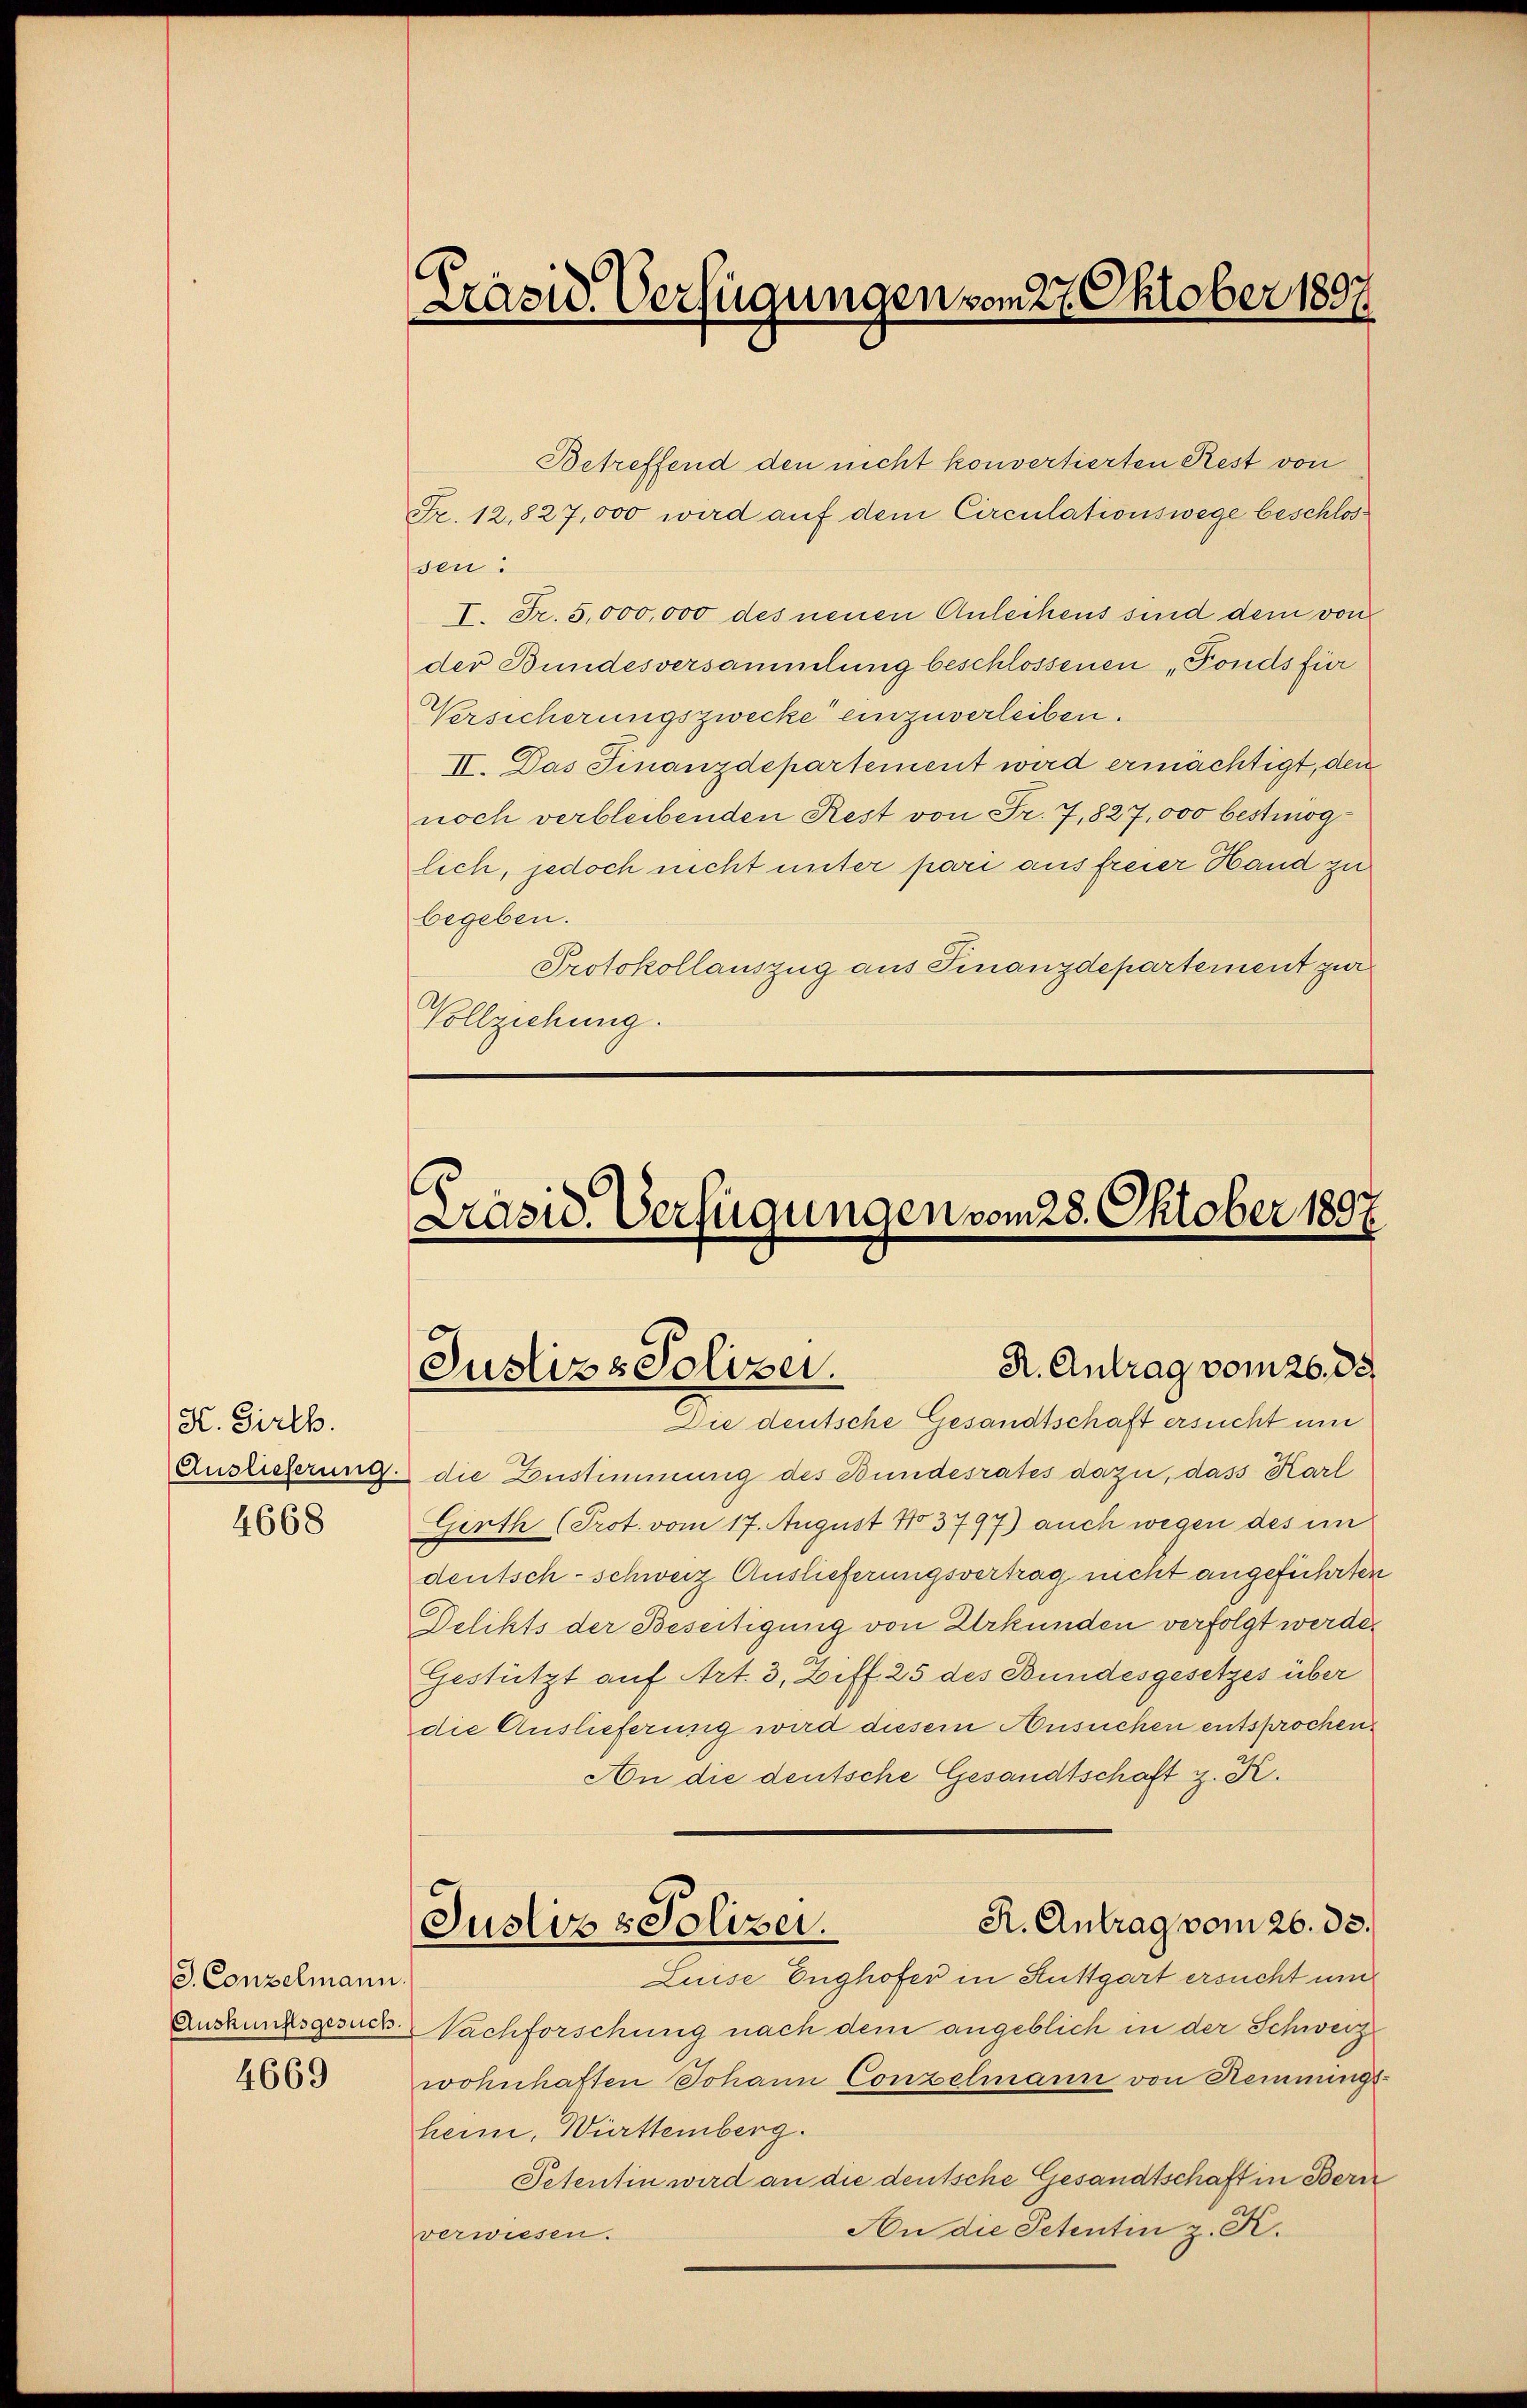
K. Girth.
4668

S. Conzelmann.
Auskunftsgesuch.

4669

Präsid. Verfügungen vom 27. Oktober 1897

Betreffend den nicht konvertierten Rest von
Fr. 12,827,000 wird auf dem Circulationswege beschlossen.
I. Fr. 5,000,000 des neuen Anleihens sind dem von
der Bundesversammlung beschlossenen „Fonds für
Versicherungszwecke einzuverleiben.
II. Das Finanzdepartement wird ermächtigt, den
noch verbleibenden Rest von Fr. 7,827,000 bestimöglich, jedoch nicht unter pari aus freier Hand zu
begeben.
Protokollauszug aus Finanzdepartement zur
Vollziehung.

Präsid. Verfügungen vom 28. Oktober 1897.

R. Antrag vom 26. ds.
Justiz & Polizei.

Die deutsche Gesandtschaft ersucht und
Auslieferung die Zustimmung des Bundesrates dazu, dass Karl
Girth (Prot. vom 17. August 13797) auch wegen des im
deutsch-schweiz Auslieferungsvertrag nicht angeführten
Delikts der Beseitigung von Urkunden verfolgt werde.
Gestützt auf Art. 3, Ziff. 25 des Bundesgesetzes über
die Auslieferung wird diesem Ansuchen entsprochen
An die deutsche Gesandtschaft z. K.
R. Antrag vom 26. ds.
Justiz & Polizei.
Luise Enghofer in Stuttgart ersucht und
Nachforschung nach dem angeblich in der Schweiz
wohnhaften Johann Conzelmann von Hemmungsheim, Württemberg.
Petentin wird an die deutsche Gesandtschaft in Bern
An die Petentin z. K.
verwiesen.